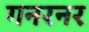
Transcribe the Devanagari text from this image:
गनरनर